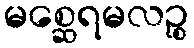
မစ္ဆေရမလဉ္စ